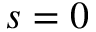
s = 0